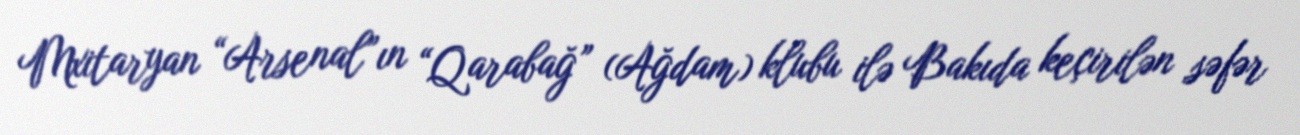
Mxitaryan “Arsenal”ın “Qarabağ” (Ağdam) klubu ilə Bakıda keçirilən səfər